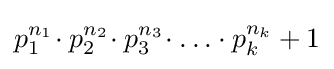
p_{1}^{n_{1}}\!\cdot p_{2}^{n_{2}}\!\cdot p_{3}^{n_{3}}\!\cdot \ldots \cdot p_{k}^{n_{k}}+1